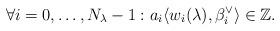
LaTeX: \begin{align*}\forall i=0,\ldots,N_\lambda-1: a_i\langle w_{i}(\lambda),\beta^\vee_i\rangle\in\mathbb Z. \end{align*}